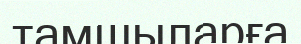
тамшыларға